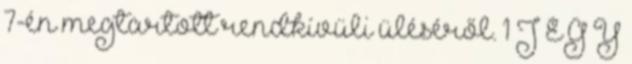
7-én megtartott rendkívüli üléséről. 1 J E G Y